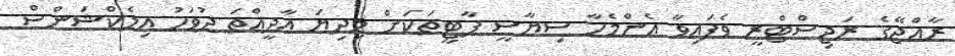
ރާއްޖޭގެ ރަޖިސްޓްރީ ވެފައިވާ އެންމެހާ ސިޔާސީ ޕާޓީތަކަށް މިދިޔަ އާދީއްތަ ދުވަހު އިލެކްޝަންސް